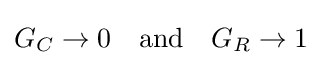
G_{C}\to 0\quad {\mbox{and}}\quad G_{R}\to 1